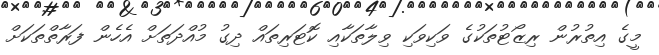
މީގެ އިތުރުން ރިޒޯޓުތަކުގެ ވަކިވަކި ވިލާތަކާއި ކޮޓަރިތައް ދިގު މުއްދަތަށް އެހެން ފަރާތްތަކަށް